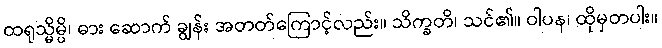
ထရုသ္မိမ္ပိ၊ ဓား ဆောက် ချွန်း အတတ်ကြောင့်လည်း။ သိက္ခတိ၊ သင်၏။ ဝါပန၊ ထိုမှတပါး။